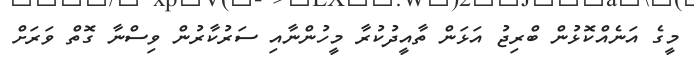
މީގެ އަނެއްކޮޅުން ބްރިޖު އަޅަން ތާއީދުކުރާ މީހުންނާއި ސަރުކާރުން ވިސްނާ ގޮތް ވަރަށް